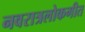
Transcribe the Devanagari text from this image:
नवरात्रलोकगीत